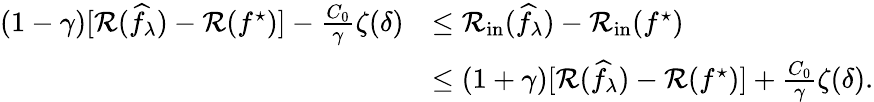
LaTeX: \begin{array}{rl}{(1-\gamma)[\mathcal{R}(\widehat{f}_{\lambda})-\mathcal{R}(f^{\star})]-\frac{C_{0}}{\gamma}\zeta(\delta)}&{\leq\mathcal{R}_{\mathrm{in}}(\widehat{f}_{\lambda})-\mathcal{R}_{\mathrm{in}}(f^{\star})}\\ &{\leq(1+\gamma)[\mathcal{R}(\widehat{f}_{\lambda})-\mathcal{R}(f^{\star})]+\frac{C_{0}}{\gamma}\zeta(\delta).}\end{array}